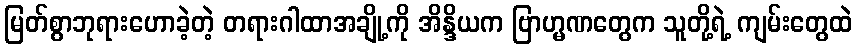
မြတ်စွာဘုရားဟောခဲ့တဲ့ တရားဂါထာအချို့ကို အိန္ဒိယက ဗြာဟ္မဏတွေက သူတို့ရဲ့ ကျမ်းတွေထဲ